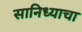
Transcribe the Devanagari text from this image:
सानिध्याचा